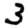
Digit: 3